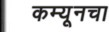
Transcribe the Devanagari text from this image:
कम्यूनचा